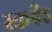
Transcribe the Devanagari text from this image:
स्कवैड